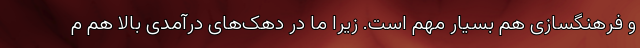
و فرهنگسازی هم بسیار مهم است. زیرا ما در دهک‌های درآمدی بالا هم م